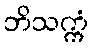
ဘိသက္ကံ